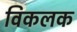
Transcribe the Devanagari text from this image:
विकलक